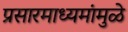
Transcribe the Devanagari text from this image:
प्रसारमाध्यमांमुळे